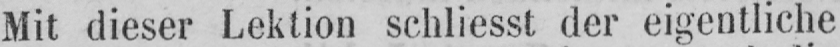
Mit dieser Lektion schliesst der eigentliche